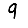
Digit: 9